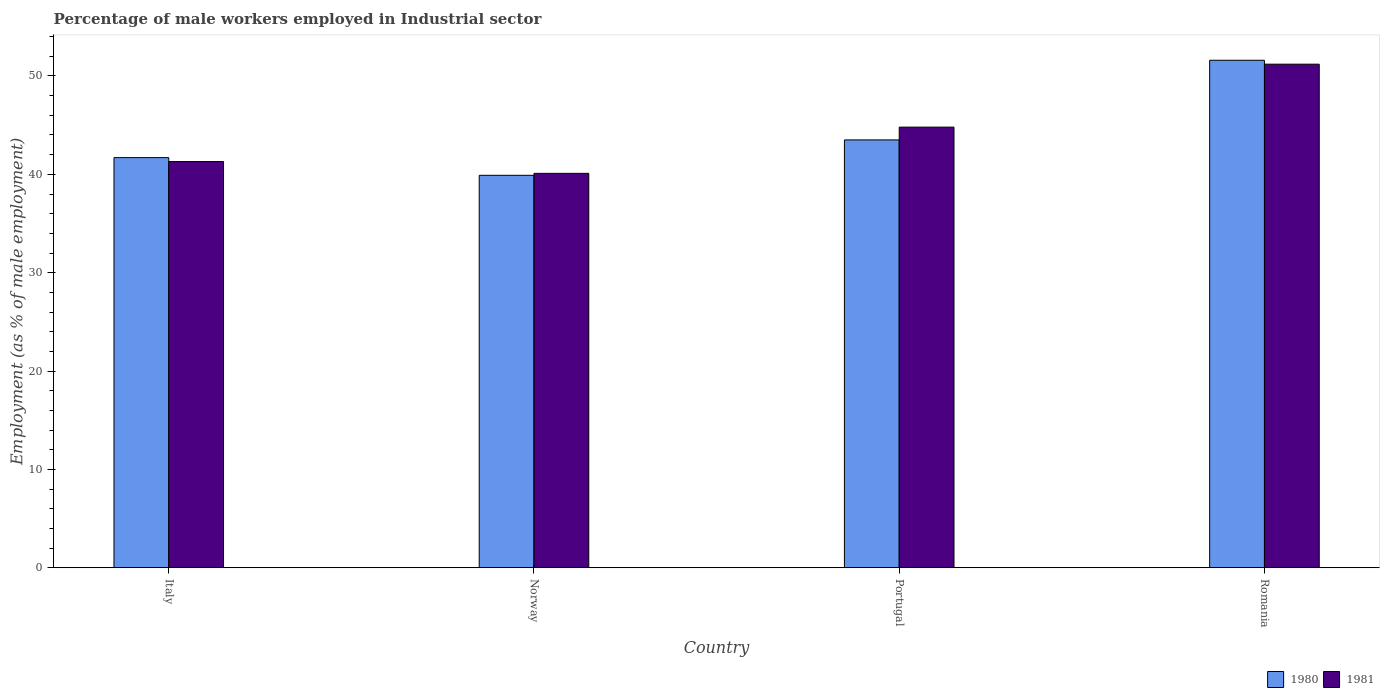
| Country | 1980 | 1981 |
 | --- | --- | --- |
 | Italy | 41.7 | 41.3 |
 | Norway | 39.9 | 40.1 |
 | Portugal | 43.5 | 44.8 |
 | Romania | 51.6 | 51.2 |